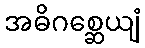
အဓိဂစ္ဆေယျံ